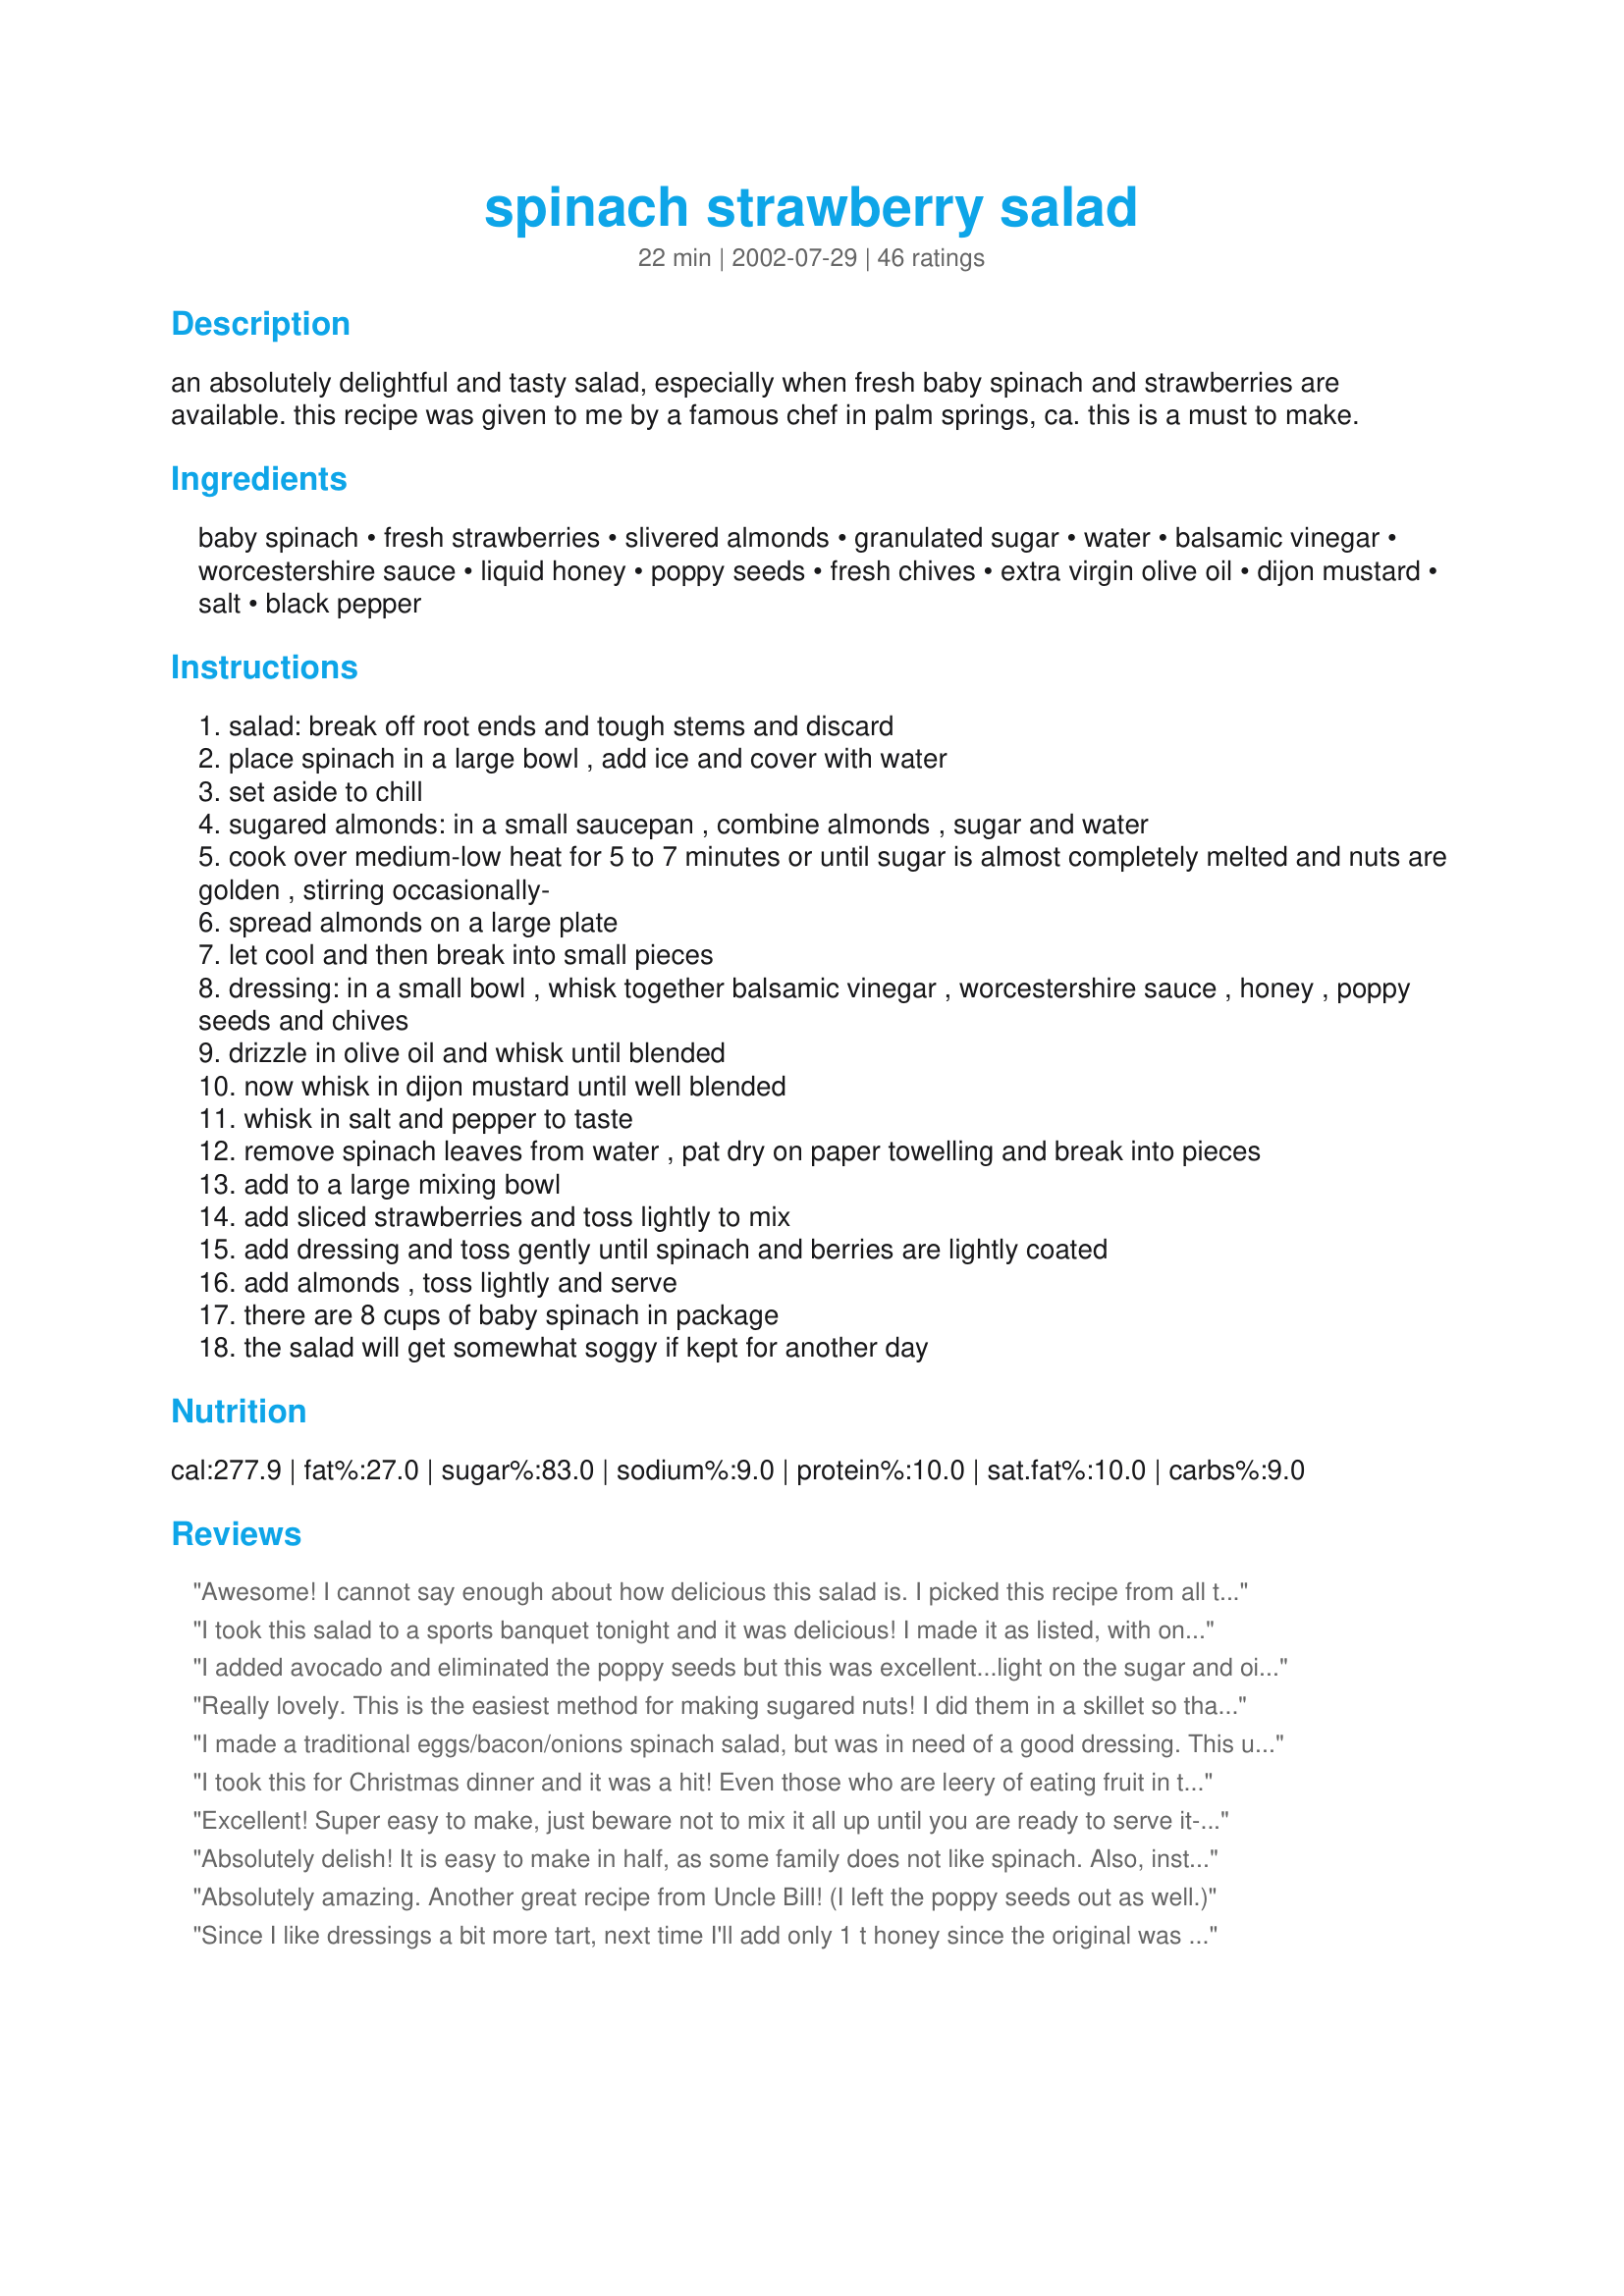
spinach strawberry salad
Preparation time: 22 minutes

an absolutely delightful and tasty salad, especially when fresh baby spinach and strawberries are available. this recipe was given to me by a famous chef in palm springs, ca. this is a must to make.

Ingredients:
baby spinach, fresh strawberries, slivered almonds, granulated sugar, water, balsamic vinegar, worcestershire sauce, liquid honey, poppy seeds, fresh chives, extra virgin olive oil, dijon mustard, salt, black pepper

Steps:
salad: break off root ends and tough stems and discard
place spinach in a large bowl , add ice and cover with water
set aside to chill
sugared almonds: in a small saucepan , combine almonds , sugar and water
cook over medium-low heat for 5 to 7 minutes or until sugar is almost completely melted and nuts are golden , stirring occasionally-
spread almonds on a large plate
let cool and then break into small pieces
dressing: in a small bowl , whisk together balsamic vinegar , worcestershire sauce , honey , poppy seeds and chives
drizzle in olive oil and whisk until blended
now whisk in dijon mustard until well blended
whisk in salt and pepper to taste
remove spinach leaves from water , pat dry on paper towelling and break into pieces
add to a large mixing bowl
add sliced strawberries and toss lightly to mix
add dressing and toss gently until spinach and berries are lightly coated
add almonds , toss lightly and serve
there are 8 cups of baby spinach in package
the salad will get somewhat soggy if kept for another day

Reviews:
Awesome! I cannot say enough about how delicious this salad is. I picked this recipe from all the other spinach/strawberry salad recipes because the dressing looked like it would be the best and the dressing does make it so gourmet and delicious. I did add another squirt of honey to sweeten it a little more.
I took this salad to a sports banquet tonight and it was delicious! I made it as listed, with one exception. I took another reviewer's suggestion and mixed in hearts of romanie since I am a crunch girl. I used one bag of baby spinach and one of lettuce, and doubled the dressing. On the way to the event, I was worried that there wasn't enough dressing, but it was fine. There was only a small amount left and I threw some grilled chicken in with it and plan to eat it for lunch tomorrow!
I added avocado and eliminated the poppy seeds but this was excellent...light on the sugar and oil that so many recipes seem to weigh down their salad dressings with. I loved this!
Really lovely. This is the easiest method for making sugared nuts! I did them in a skillet so that they could caramelize. With the dressing I put everything together except the oil and then used my stick blender as I drizzled in the olive oil. I didn't have any chives, so I used green onions that I added to the spinach and strawberries, rather than in the dressing. I have tried other spinach-strawberry salad recipes, and this is one of the best! Love the balsamic with the strawberries! Thanks Uncle Bill!
I made a traditional eggs/bacon/onions spinach salad, but was in need of a good dressing. This unique combination just sounded good to me and was the right proportions. I like the honey.... I left off the poppy seeds and chives because they weren't right for my salad. Very happy with the results.
I took this for Christmas dinner and it was a hit! Even those who are leery of eating fruit in their salad loved it. It is also beautiful which is an added plus. Thanks Uncle Bill!
Excellent! Super easy to make, just beware not to mix it all up until you are ready to serve it-it gets soggy quick!
Absolutely delish! It is easy to make in half, as some family does not like spinach. Also, instead of using sugar to coat the almonds, I used 3 packets of Truvia (love this stuff), as well as some on the strawberries. It is my new fav salad. Thanks for sharing it!
Absolutely amazing. Another great recipe from Uncle Bill! (I left the poppy seeds out as well.)
Since I like dressings a bit more tart, next time I'll add only 1 t honey since the original was a little too sweet for my taste. I didn't have any poppyseeds so I left those out. And I substituted minced onion for the chives and added romaine and chopped bacon to give the salad crunch. The result was a wonderful savory (sweet+tart+salt) salad!
We had this very salad today for our family Mother's Day dinner at my Aunt's. It was GREAT! The only difference is the sugared almonds, she didn't have any so she used pecans.She told me she got the recipe from this site, so I check it out as soon as I got home. I love salads. Even my husband raved about the salad and he can't stand spinach. This is my new favorite site.
Add 5 more stars to the rating. This was awesome. My DH said it was the best salad I have ever fixed him. I found myself standing at the counter dipping the berries into the dressing before I could even assemble the salad. We had it for dinner last night and were so pleased. It leaves that "come back again" flavor lingering on your tongue. And the sugared almonds are the kicker. Thank you so much.
Uncle Bill, Made this yesterday (we celebrated Mother's Day early) and it was so, so good. I found some strawberries that were huge and juicy. I used the organic baby spinach, and to make it even easier --I found some almonds at Trader Joe's that were already sugar coated!!! The dressing is ohhhhh, so delicious. What a marvelous blend of flavors. I see some people didn't add the poppy seeds, but I did (I cut back on the amount), but the next time I will use the amount called for in the recipe. I am so happy to have this recipe and look forward to making it many, many more times. Thanks for posting it.
This is our Fave salad recipe! Absolutely the best. Anytime I have to take a salad somewhere, I bring this one and it's always a hit!
If I could give it 10 stars I would! It's Excellent...the dressing is a perfect combo of sweet and sour and compliments the strawberries nicely! I can't wait to make this for a summer BBQ! Thanks!!!!
This was a huge hit! Everyone loved it and it was super easy. I left out the poppy seeds and offered feta cheese on the side. I will definitely be making this again!
Incredible recipe! The only thing I did was leave out the poppy seeds.. but that's because this was part of a romantic dinner and I didn't want to look at poppyseeds stuck in his teeth! Highly recommended for anyone!
Excellent! I added some chopped romaine. Thanks for sharing.
What a great salad! I had been waiting for the strawberries to go on sale and when they did this was one of the first recipes I tried. I added dried cranberries to the recipe just because I had them on hand.
We loved this... delicious to eat and beautiful to behold. To reduce carbs, I substituted Splenda for the sugar, and sugar-free maple syrup for the honey, but otherwise followed the recipe as written. Thank you for this outstanding recipe.
This salad was a delicious treat for mother's day. I actually made TWO dressings - one using this recipe and the other from the Spinach Strawberry salad #14409. This dressing is a bit tart (which I love) and thin so it's easy to distribute evenly on the salad. The other is very sweet and a bit thick. The taste test on both these dressings was a toss up - they're both 5 stars!!
Fantastic! Brought it to a dinner party and the bowl was cleaned out before I knew it. Used pecans instead of almonds and it was great. Thanks!
great salad....i'd just pair it with a different dressing personally
I didn't have any chives, I also only used the dressing recipe, just to go on top of spinach with some pecans and parmesean cheese. Delicious!
Great flavor combo, Bill! I got a recipe for this from a friend but left it at work. Since I needed it for tonight, I came to Zaar for help. You certainly came through for me! I had everything except the almonds, so I used pecan quarters...worked marvellously well! Also, didn't follow instructions for making the dressing... threw all ingredients in a small jar and shook it up. Thanks again, Bill.
M&Mers :m-m:
Wow, I thought I'd already left a review for this phenomenal salad, but apparently not. I made this a few months ago and came to make it again because it is, by far, the BEST strawberry spinach salad out there! The only changes I made were to omit the W sauce as I cannot get it where I live-- and this time, as per another review, will add romaine for added crispiness. I can honestly say this is a perfect salad. Thanks, Uncle Bill!!!
Fabulous! Possibly the best salad I've ever made! Beautiful and impressive, a wonderful springtime dish. I love the combination of strawberries and balsamic vinegar; the sugared almonds are delicious. Perfect proportions of every ingredient, I wouldn't change a thing. In fact, I'll make this again for dinner tomorrow! Thanks for a great recipe, Uncle Bill!
Awesome! I didn't add the poppyseeds and had to used dried chives. I also added some romaine lettuce for a little more crispness and just in case our bbq guests were wary of a spinach salad. I served this with a little trepidation to a meat and potatoes crowd, but to my delight it was gone in a flash...before the potato salad and baked beans that others had brought! I had to write out the recipe right then and there (thank goodness I have a good memory :) This is an absolute winner and I wish I could give this more than 10 stars!
very good. boyfriend was wary but enjoyed it. i used pecans because that is what i had and used dried chives because i couldn't find fresh at the store. the only negative thing i can say about the salad is that it does not not save well. i ate the leftovers today and they were wilted and soupy and the nuts were soggy. so eat it the first day, it's good!
This is really a marvelous salad. It's one of my daughter's favorites! I very thinly sliced red onions which I think gave it a sweet and sour flavor. Love the nuts method of toasting it in the pan with sugar. It's a Keeper! Thank you Uncle Bill
So good and refreshing. This is a fantastic salad that is different and yummy. I loved the addition of the sugared almonds. Thank you for sharing your recipe with us.
Made this salad for Valentine's day this year and we both LOVED it! I warmed up the dressing in the microwave to 30 - 60 seconds before mixing. It wilted the spinach a little bit and tasted just perfect! Definately a re-do!
I must admit, I didn't make the sugared almonds; otherwise followed recipe exactly. We love strawberry spinach salad in this house but could barely eat this. I won't even try again with the sugared almonds - family said to lose the recipe. Sorry.
Delicious salad. The dressing was wonderful. I halved the dressing recipe, and it made enough for about 4 portions of salad. I also didn't bother to sugar the almonds, just threw them in, but I'm sure it would be nice to do that for company:)
Loved this salad! Loved all the ideas/additions by the other reviewers too! Thanks for posting!
Very delicious salad. The dressing perfectly compliments the other flavours. The only thing was that I found that the poppy seeds didn't really add any flavour and I might leave them off next time. Otherwise, perfect. Thanks for a great recipe!
Gotta give this 5 stars. Everytime I serve this salad for guests, I have to print the recipe for them. Just delicious!. Thanks William.
I made this without the chives, mustard, salt or pepper and it was still amazing. My father-in-law hates spinach salad but I made him try it and he had seconds, he liked it that much. Like people said, when you bring it to potlucks, it quickly vanishes before any other salads.
Wonderful salad! DH loved this one and we will have it many times again. Loved the dressing especially.
This delicious dish was the highlight of my salad buffet dinner! I used fresh Ontario strawberries & excluded the poppy seeds - otherwise I followed the instructions precisely. Thanx "Uncle Bill"!
I made this terrific salad with the addition of goat cheese and dried cranberries. We loved it!
Lovely topped with sliced barbecued chicken breasts. The dressing isn't sickly sweet like a lot of spinach salad dressings. It's more like a standard balsamic vinaigrette. I didn't have any nuts but usually like toasted slivered almonds in mine.
very yummy - used regular salad and sugared walnuts and everything as wonderful!
Made just as directed and this is a wonderful salad. Bursting with color and flavor, it is a keeper.
I have had spinach and strawberry salads in the past but this is without a doubt the best. The sugared almonds lifts this salad to new heights. With the coming of many days of fresh strawberries, I plan to make this one again. :)
I can't believe I have never made a strawberry spinach salad before. This is exactly what I had been looking for. We were treated to a Strawberry Salad w/ the usual sweet dressing a few weeks ago. My Husband does not care for sweet dressings and this dressing is the perfect mix of flavors and seasonings and more on the savory side. Everyone really enjoyed it. I cheated and purchased pre-sweetened almond slices. Thanks a bunch Uncle Bill!
